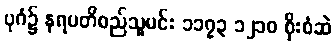
ပုဂံ၌ နရပတိစည်သူမင်း ၁၁၇၃ ၁၂၁၀ စိုးစံဆဲ